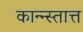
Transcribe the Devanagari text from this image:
कान्न्स्तात्त